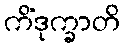
ကိံဒုက္ခာတိ